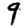
Digit: 9